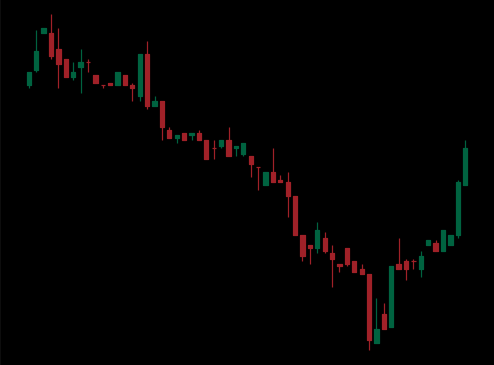
Pattern: bull_flag